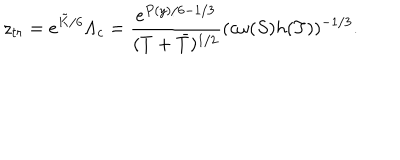
z _ { t r } = e ^ { \tilde { K } / 6 } \Lambda _ { c } = \frac { e ^ { P ( y ) / 6 - 1 / 3 } } { ( T + \bar { T } ) ^ { 1 / 2 } } ( c \omega ( S ) h ( T ) ) ^ { - 1 / 3 } .